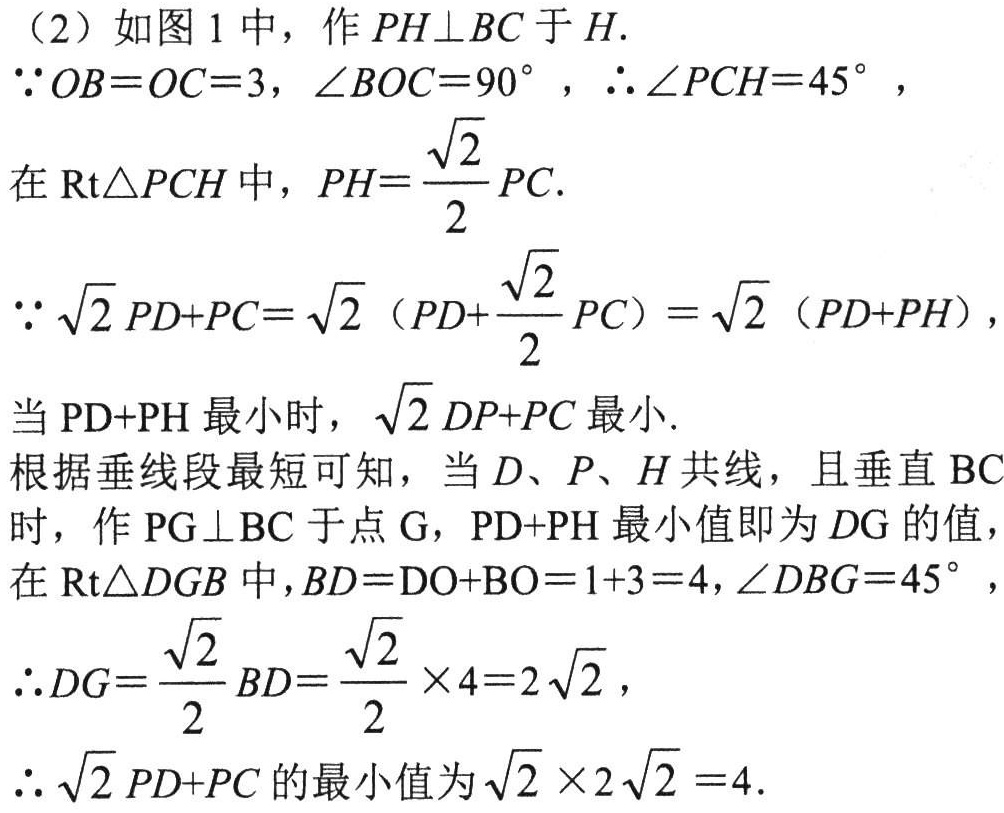
（2）如图1中，作 \(PH\perp BC\) 于 \(H\).
\(\because OB = OC = 3\), \(\angle BOC = 90^{\circ}\), \(\therefore\angle PCH = 45^{\circ}\),
在 \(\text{Rt}\triangle PCH\) 中，\(PH=\frac{\sqrt{2}}{2}PC\).
\(\because\sqrt{2}PD + PC=\sqrt{2}\left(PD+\frac{\sqrt{2}}{2}PC\right)=\sqrt{2}(PD + PH)\),
当 \(\text{PD+PH}\) 最小时，\(\sqrt{2}DP + PC\) 最小.
根据垂线段最短可知，当 \(D\)、\(P\)、\(H\) 共线，且垂直 \(\text{BC}\) 时，作 \(\text{PG}\perp\text{BC}\) 于点 \(\text{G}\)，\(\text{PD+PH}\) 最小值即为 \(DG\) 的值，
在 \(\text{Rt}\triangle DGB\) 中，\(BD = DO + BO=1 + 3 = 4\), \(\angle DBG = 45^{\circ}\),
\(\therefore DG=\frac{\sqrt{2}}{2}BD=\frac{\sqrt{2}}{2}\times4 = 2\sqrt{2}\),
\(\therefore\sqrt{2}PD + PC\) 的最小值为 \(\sqrt{2}\times2\sqrt{2}=4\).